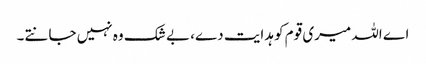
اے اللہ میری قوم کو ہدایت دے، بے شک وہ نہیں جانتے۔